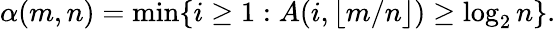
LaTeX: \alpha(m,n)=\operatorname*{min}\{ i\geq 1:A(i,\lfloor m/n\rfloor)\geq\log_{2}n\} .